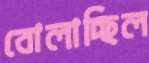
বোলাচ্ছিল